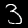
Label: 3